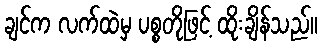
ချင်က လက်ထဲမှ ပစ္စတိုဖြင့် ထိုးချိန်သည်။